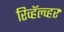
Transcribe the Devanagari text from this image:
रिव्हॅल्व्हर